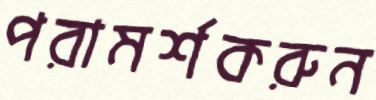
পরামর্শকরুন